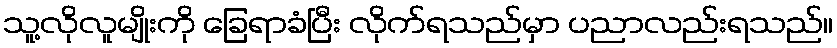
သူ့လိုလူမျိုးကို ခြေရာခံပြီး လိုက်ရသည်မှာ ပညာလည်းရသည်။